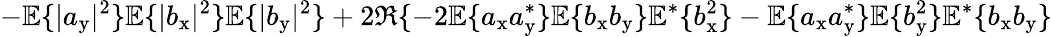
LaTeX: -\mathbb{E}\{ |a_{\mathrm{y}}|^{2}\} \mathbb{E}\{ |b_{\mathrm{x}}|^{2}\} \mathbb{E}\{ |b_{\mathrm{y}}|^{2}\} +2\Re\{ -2\mathbb{E}\{ a_{\mathrm{x}}a_{\mathrm{y}}^{\ast}\} \mathbb{E}\{ b_{\mathrm{x}}b_{\mathrm{y}}\} \mathbb{E}^{\ast}\{ b_{\mathrm{x}}^{2}\} -\mathbb{E}\{ a_{\mathrm{x}}a_{\mathrm{y}}^{\ast}\} \mathbb{E}\{ b_{\mathrm{y}}^{2}\} \mathbb{E}^{\ast}\{ b_{\mathrm{x}}b_{\mathrm{y}}\}